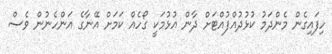
ހިފައިގެން މެންދަމު ކުޅުދުއްފުއްޓަށް ދާން އުޅުމަކީ ގޯހެއް ކަމަށް އޭނާގެ އަންހެނުން ވެސް